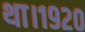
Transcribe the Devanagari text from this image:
था।१९२०